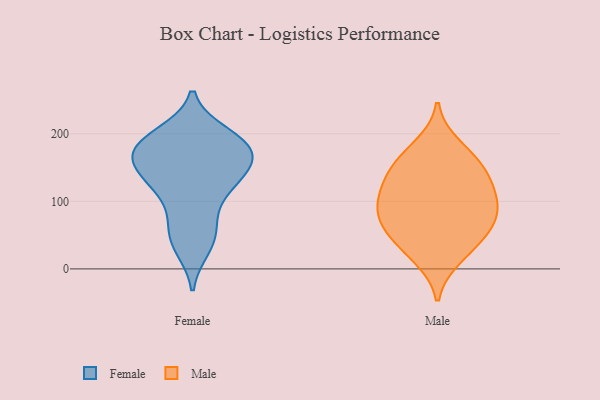
{"axis": {"x": "Humidity (%)", "y": "Value"}, "legend": ["Female", "Male"], "data": [{"x": "", "y": 188, "type": "Female"}, {"x": "", "y": 192, "type": "Female"}, {"x": "", "y": 102, "type": "Female"}, {"x": "", "y": 32, "type": "Female"}, {"x": "", "y": 59, "type": "Female"}, {"x": "", "y": 62, "type": "Female"}, {"x": "", "y": 139, "type": "Female"}, {"x": "", "y": 38, "type": "Female"}, {"x": "", "y": 199, "type": "Female"}, {"x": "", "y": 127, "type": "Female"}, {"x": "", "y": 169, "type": "Female"}, {"x": "", "y": 172, "type": "Female"}, {"x": "", "y": 182, "type": "Female"}, {"x": "", "y": 159, "type": "Female"}, {"x": "", "y": 191, "type": "Female"}, {"x": "", "y": 146, "type": "Female"}, {"x": "", "y": 168, "type": "Female"}, {"x": "", "y": 116, "type": "Female"}, {"x": "", "y": 140, "type": "Female"}, {"x": "", "y": 61, "type": "Male"}, {"x": "", "y": 30, "type": "Male"}, {"x": "", "y": 161, "type": "Male"}, {"x": "", "y": 98, "type": "Male"}, {"x": "", "y": 148, "type": "Male"}, {"x": "", "y": 118, "type": "Male"}, {"x": "", "y": 55, "type": "Male"}, {"x": "", "y": 65, "type": "Male"}, {"x": "", "y": 87, "type": "Male"}, {"x": "", "y": 146, "type": "Male"}, {"x": "", "y": 183, "type": "Male"}, {"x": "", "y": 91, "type": "Male"}, {"x": "", "y": 16, "type": "Male"}, {"x": "", "y": 119, "type": "Male"}]}